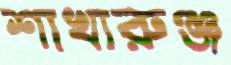
শাখারুঞ্জ